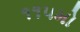
૧૧૫મો